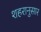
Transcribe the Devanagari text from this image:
शहरानुसार